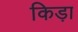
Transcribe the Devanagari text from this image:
किड़ा